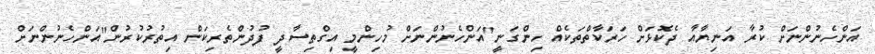
އަންހެނުންނަށް ކުރާ އަނިޔާއާ ދެކޮޅަށް ހަރަކާތްތަކެއް ހިންގަނީ"އަންހެނުންނަށް މުހިންމީ އިގްތިސާދީ ފުދުންތެރިކަން އިތުރުކުރުން"އަންހެނުންނަށް